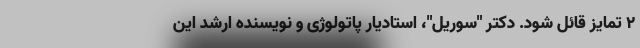
۲ تمایز قائل شود. دکتر "سوریل"، استادیار پاتولوژی و نویسنده ارشد این